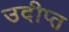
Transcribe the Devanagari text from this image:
उदीप्त